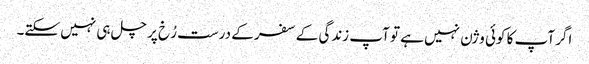
اگر آپ کا کوئی وژن نہیں ہے تو آپ زندگی کے سفر کے درست رُخ پر چل ہی نہیں سکتے۔